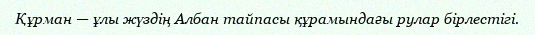
Құрман — ұлы жүздің Албан тайпасы құрамындағы рулар бірлестігі.